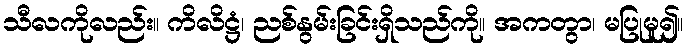
သီလကိုလည်း။ ကိလိဋ္ဌံ၊ ညစ်နွမ်းခြင်းရှိသည်ကို။ အကတွာ၊ မပြုမူ၍။